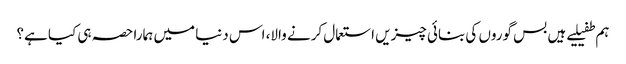
ہم طفیلیے ہیں بس گوروں کی بنائی چیزیں استعمال کرنے والا، اس دنیا میں ہمارا حصہ ہی کیا ہے؟